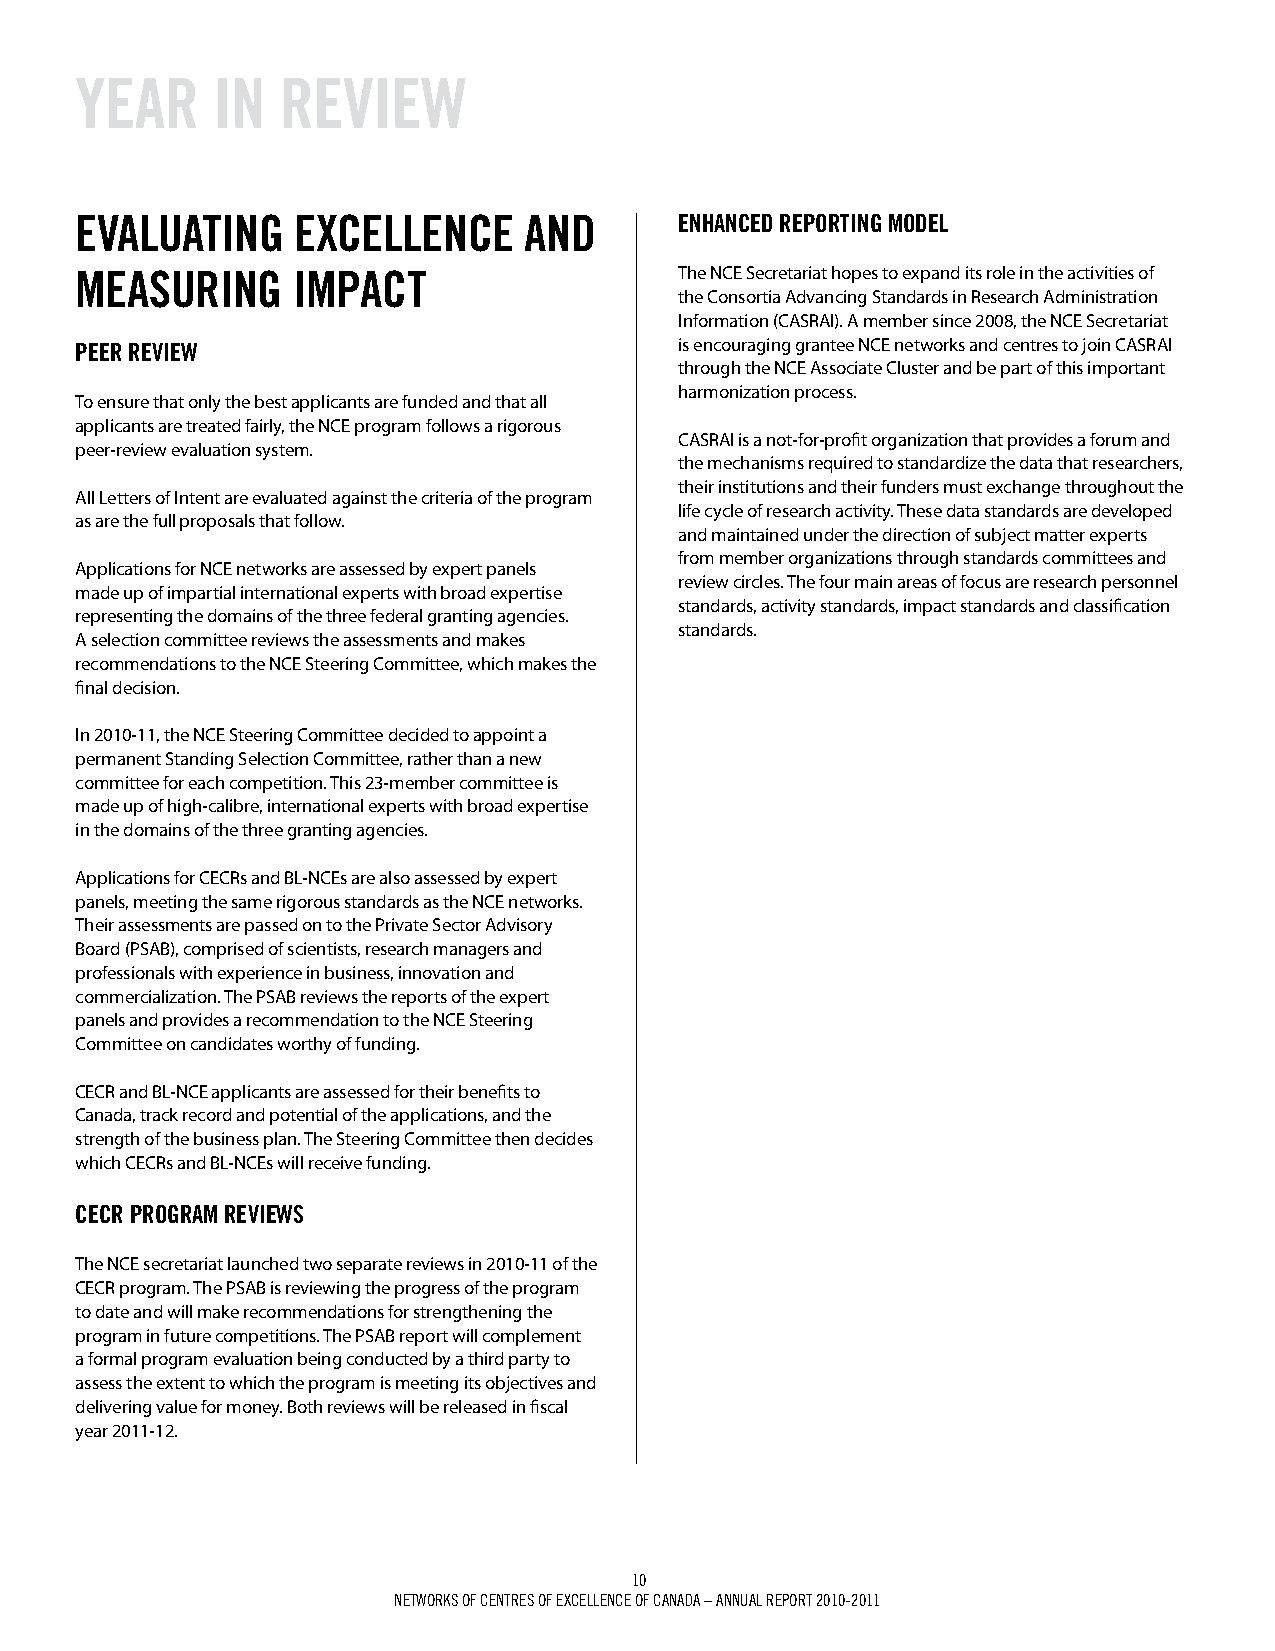
YEAr     iN   rEviEW
 EvALuATiNg    ExCELLENCE      ANd       ENhANCEd rEpOrTiNg mOdEL
 mEASuriNg     impACT                    The NCE Secretariat hopes to expand its role in the activities of
 the Consortia Advancing Standards in Research Administration
 Information (CASRAI). A member since 2008, the NCE Secretariat
 pEEr rEviEW                             is encouraging grantee NCE networks and centres to join CASRAI
 through the NCE Associate Cluster and be part of this important
 harmonization process.
 To ensure that only the best applicants are funded and that all
 applicants are treated fairly, the NCE program follows a rigorous
 CASRAI is a not-for-profit organization that provides a forum and
 peer-review evaluation system.
 the mechanisms required to standardize the data that researchers,
 their institutions and their funders must exchange throughout the
 All Letters of Intent are evaluated against the criteria of the program
 life cycle of research activity. These data standards are developed
 as are the full proposals that follow.
 and maintained under the direction of subject matter experts
 from member organizations through standards committees and
 Applications for NCE networks are assessed by expert panels
 review circles. The four main areas of focus are research personnel
 made up of impartial international experts with broad expertise
 standards, activity standards, impact standards and classification
 representing the domains of the three federal granting agencies.
 standards.
 A selection committee reviews the assessments and makes
 recommendations to the NCE Steering Committee, which makes the
 final decision.
 In 2010-11, the NCE Steering Committee decided to appoint a
 permanent Standing Selection Committee, rather than a new
 committee for each competition. This 23-member committee is
 made up of high-calibre, international experts with broad expertise
 in the domains of the three granting agencies.
 Applications for CECRs and BL-NCEs are also assessed by expert
 panels, meeting the same rigorous standards as the NCE networks.
 Their assessments are passed on to the Private Sector Advisory
 Board (PSAB), comprised of scientists, research managers and
 professionals with experience in business, innovation and
 commercialization. The PSAB reviews the reports of the expert
 panels and provides a recommendation to the NCE Steering
 Committee on candidates worthy of funding.
 CECR and BL-NCE applicants are assessed for their benefits to
 Canada, track record and potential of the applications, and the
 strength of the business plan. The Steering Committee then decides
 which CECRs and BL-NCEs will receive funding.
 CECr prOgrAm rEviEWS
 The NCE secretariat launched two separate reviews in 2010-11 of the
 CECR program. The PSAB is reviewing the progress of the program
 to date and will make recommendations for strengthening the
 program in future competitions. The PSAB report will complement
 a formal program evaluation being conducted by a third party to
 assess the extent to which the program is meeting its objectives and
 delivering value for money. Both reviews will be released in fiscal
 year 2011-12.
 10
 Networks of ceNtres of excelleNce of caNada – aNNUal rePort 2010-2011